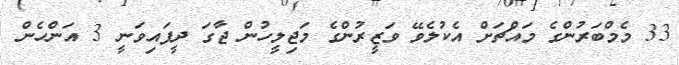
33 މެމްބަރުންގެ މައްޗަށް އެކުލެވޭ ވަޒީރުންގެ މަޖިލީހުން ޖާގަ ދީފައިވަނީ 3 އަންހެން